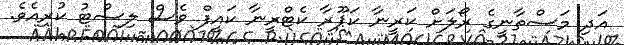
އަދި މަސްތާނީގެ ރޯލަށް ކަރީނާ ކަޕޫރާ ކެޓްރީނާ ކައިފް ވެސް ލިސްޓު ކުރިއެވެ.